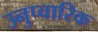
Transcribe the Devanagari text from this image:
उनुप्चारिक